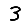
Digit: 3